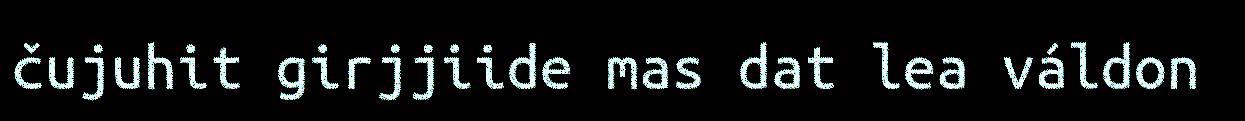
čujuhit girjjiide mas dat lea váldon